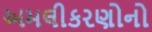
અમલીકરણોનો